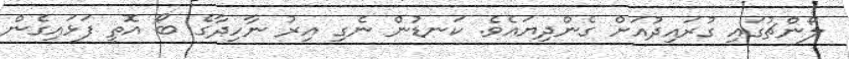
ލޯންޗުގައި ގުރައިދުއަށް ގެންދިޔައެވެ. ކަނޑުން ނެގި އިރު ނާހިދާގެ ބޯ އޮތީ ފަޅައިގެން